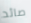
صائد